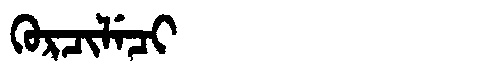
Manchu: ᡴᡠᡵᠴᡳᠯᡝᠴᡳ
Romanization: KURCILECI